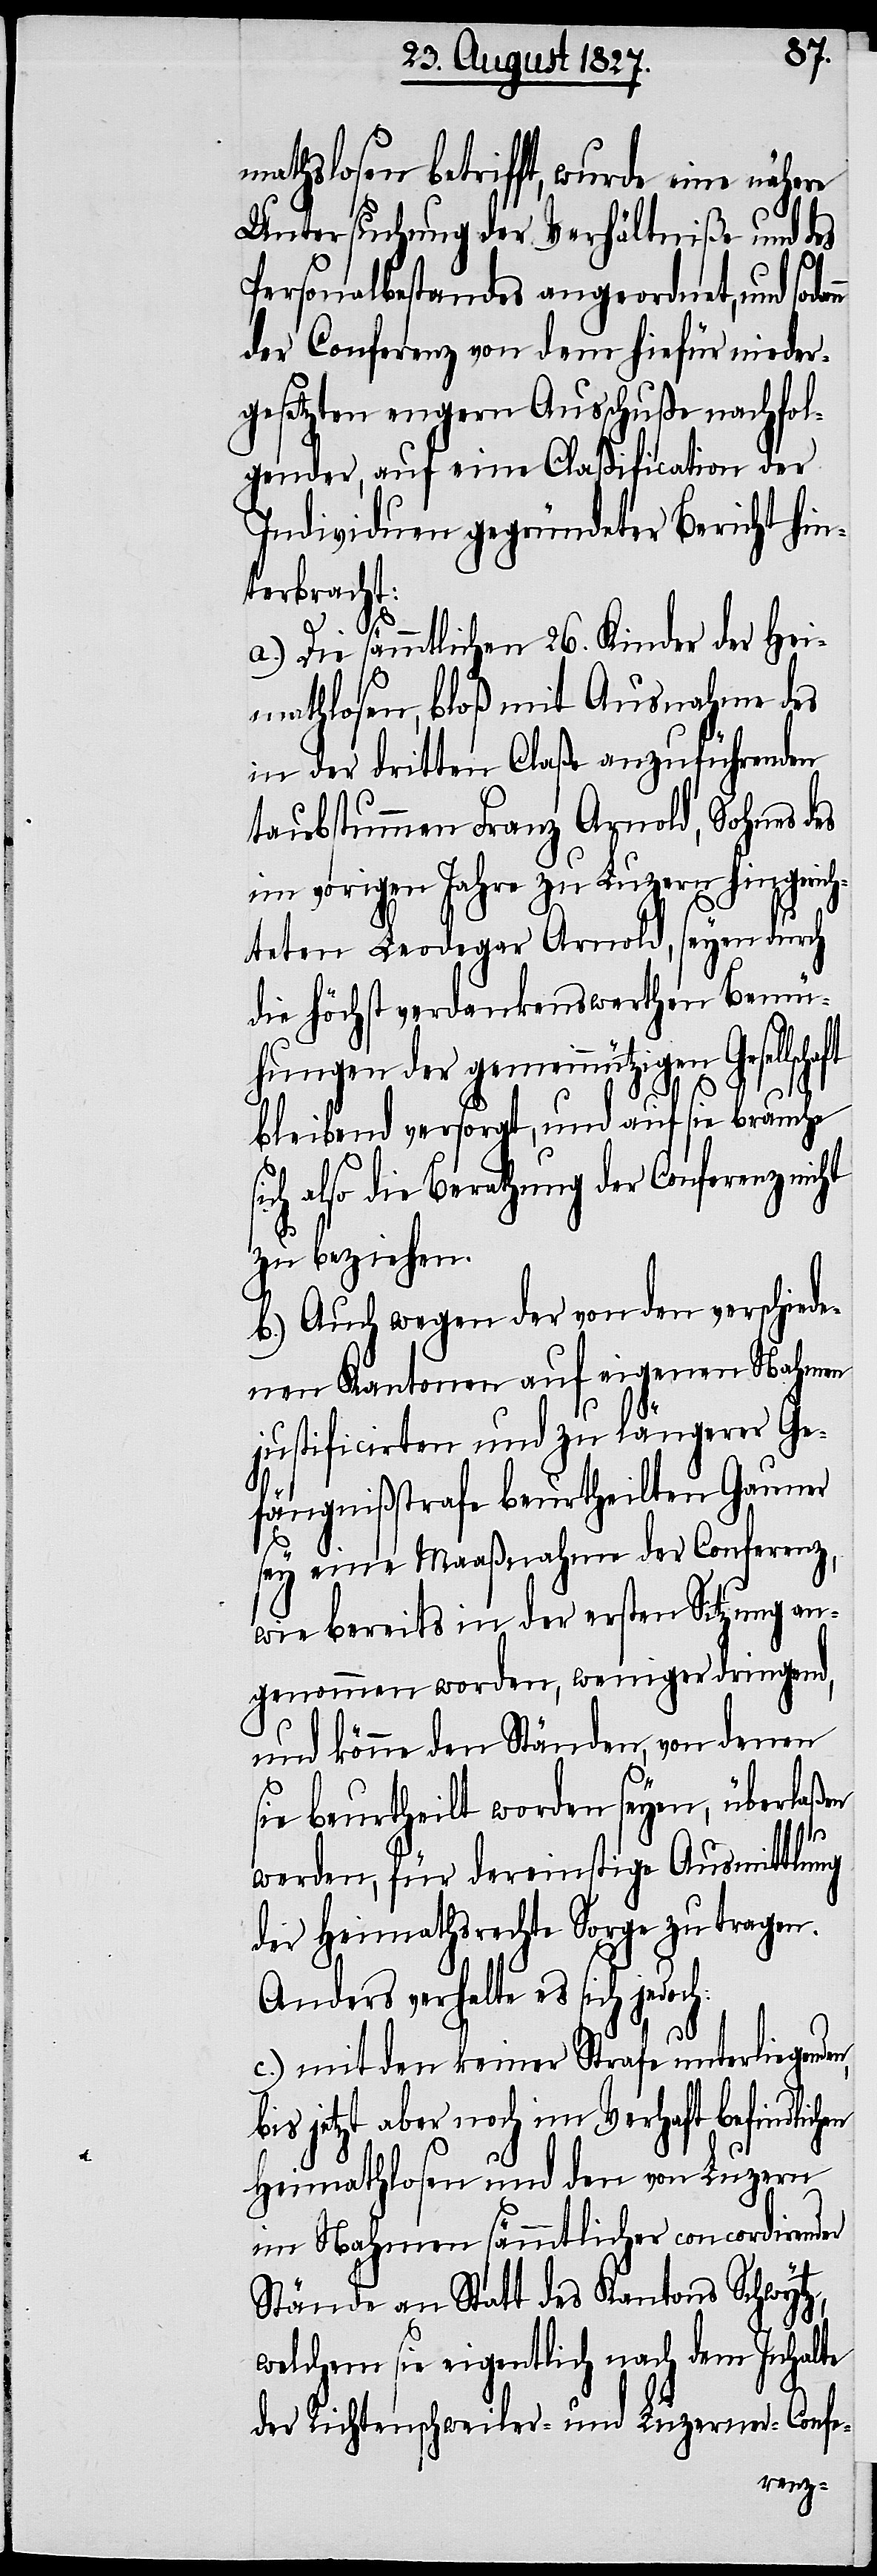
mathslosen betrifft, wurde eine nähere
Untersuchung der Verhältniße und des
Personalbestandes angeordnet, und soda¬
der Conferenz von dem hiefür nieder¬
gesetzten engern Ausschuße nachfol¬
gender, auf eine Claßification der
Individuen gegründeter Bericht hin¬
terbracht:
a.) Die sämmtlichen 26. Kinder der Hei¬
mathlosen, bloß mit Ausnahme des
in der dritten Claße anzuführenden
taubstummen Franz Arnold, Sohnes des
im vorigen Jahre zu Luzern hingerich¬
teten Leodegar Arnold, seyen durch
die höchst verdankenswerthen Bemü¬
hungen der gemeinnützigen Gesellscha¬
en
si¬
bleibend versorgt, und auf sie brauche
ch also die Berathung der Conferenz nic¬
zu beziehen.
b.) Auch wegen der von den verschiede¬
nen Kantonen auf eigenen Nahmen
justificirten und zu längerer Ge¬
fängnißstrafe beurtheilten Gauner
sey eine Maaßnahme der Conferenz,
wie bereits in der ersten Sitzung an¬
genommen worden, weniger dringend,
und könne den Ständen, von denen
sie beurtheilt worden seyen, überlaßen
werden, für dereinstige Ausmittlung
der Heimathsrechte Sorge zu tragen.
Anders verhalte es sich jedoch:
c.) mit den keiner Strafe unterliegenden,
bis jetzt aber noch im Verhaft befindlich¬
Heimathlosen und den von Luzern
im Nahmen sämmtlicher concordirender
Stände an Statt des Kantons Schwytz,
welchem sie eigentlich nach dem Inhalte
der Richtenschweiler- und Luzerner-Confe-